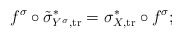
\begin{align*} f^\sigma \circ \tilde{\sigma}_{Y^\sigma, \mathrm{tr}}^{*} = \sigma_{X, \mathrm{tr}}^* \circ f^\sigma;\end{align*}